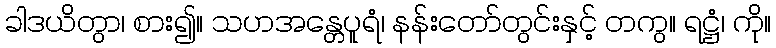
ခါဒယိတွာ၊ စား၍။ သဟအန္တေပူရံ၊ နန်းတော်တွင်းနှင့် တကွ။ ရဋ္ဌံ၊ ကို။